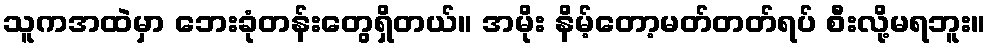
သူကအထဲမှာ ဘေးခုံတန်းတွေရှိတယ်။ အမိုး နိမ့်တော့မတ်တတ်ရပ် စီးလို့မရဘူး။